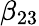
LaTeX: \beta_{23}